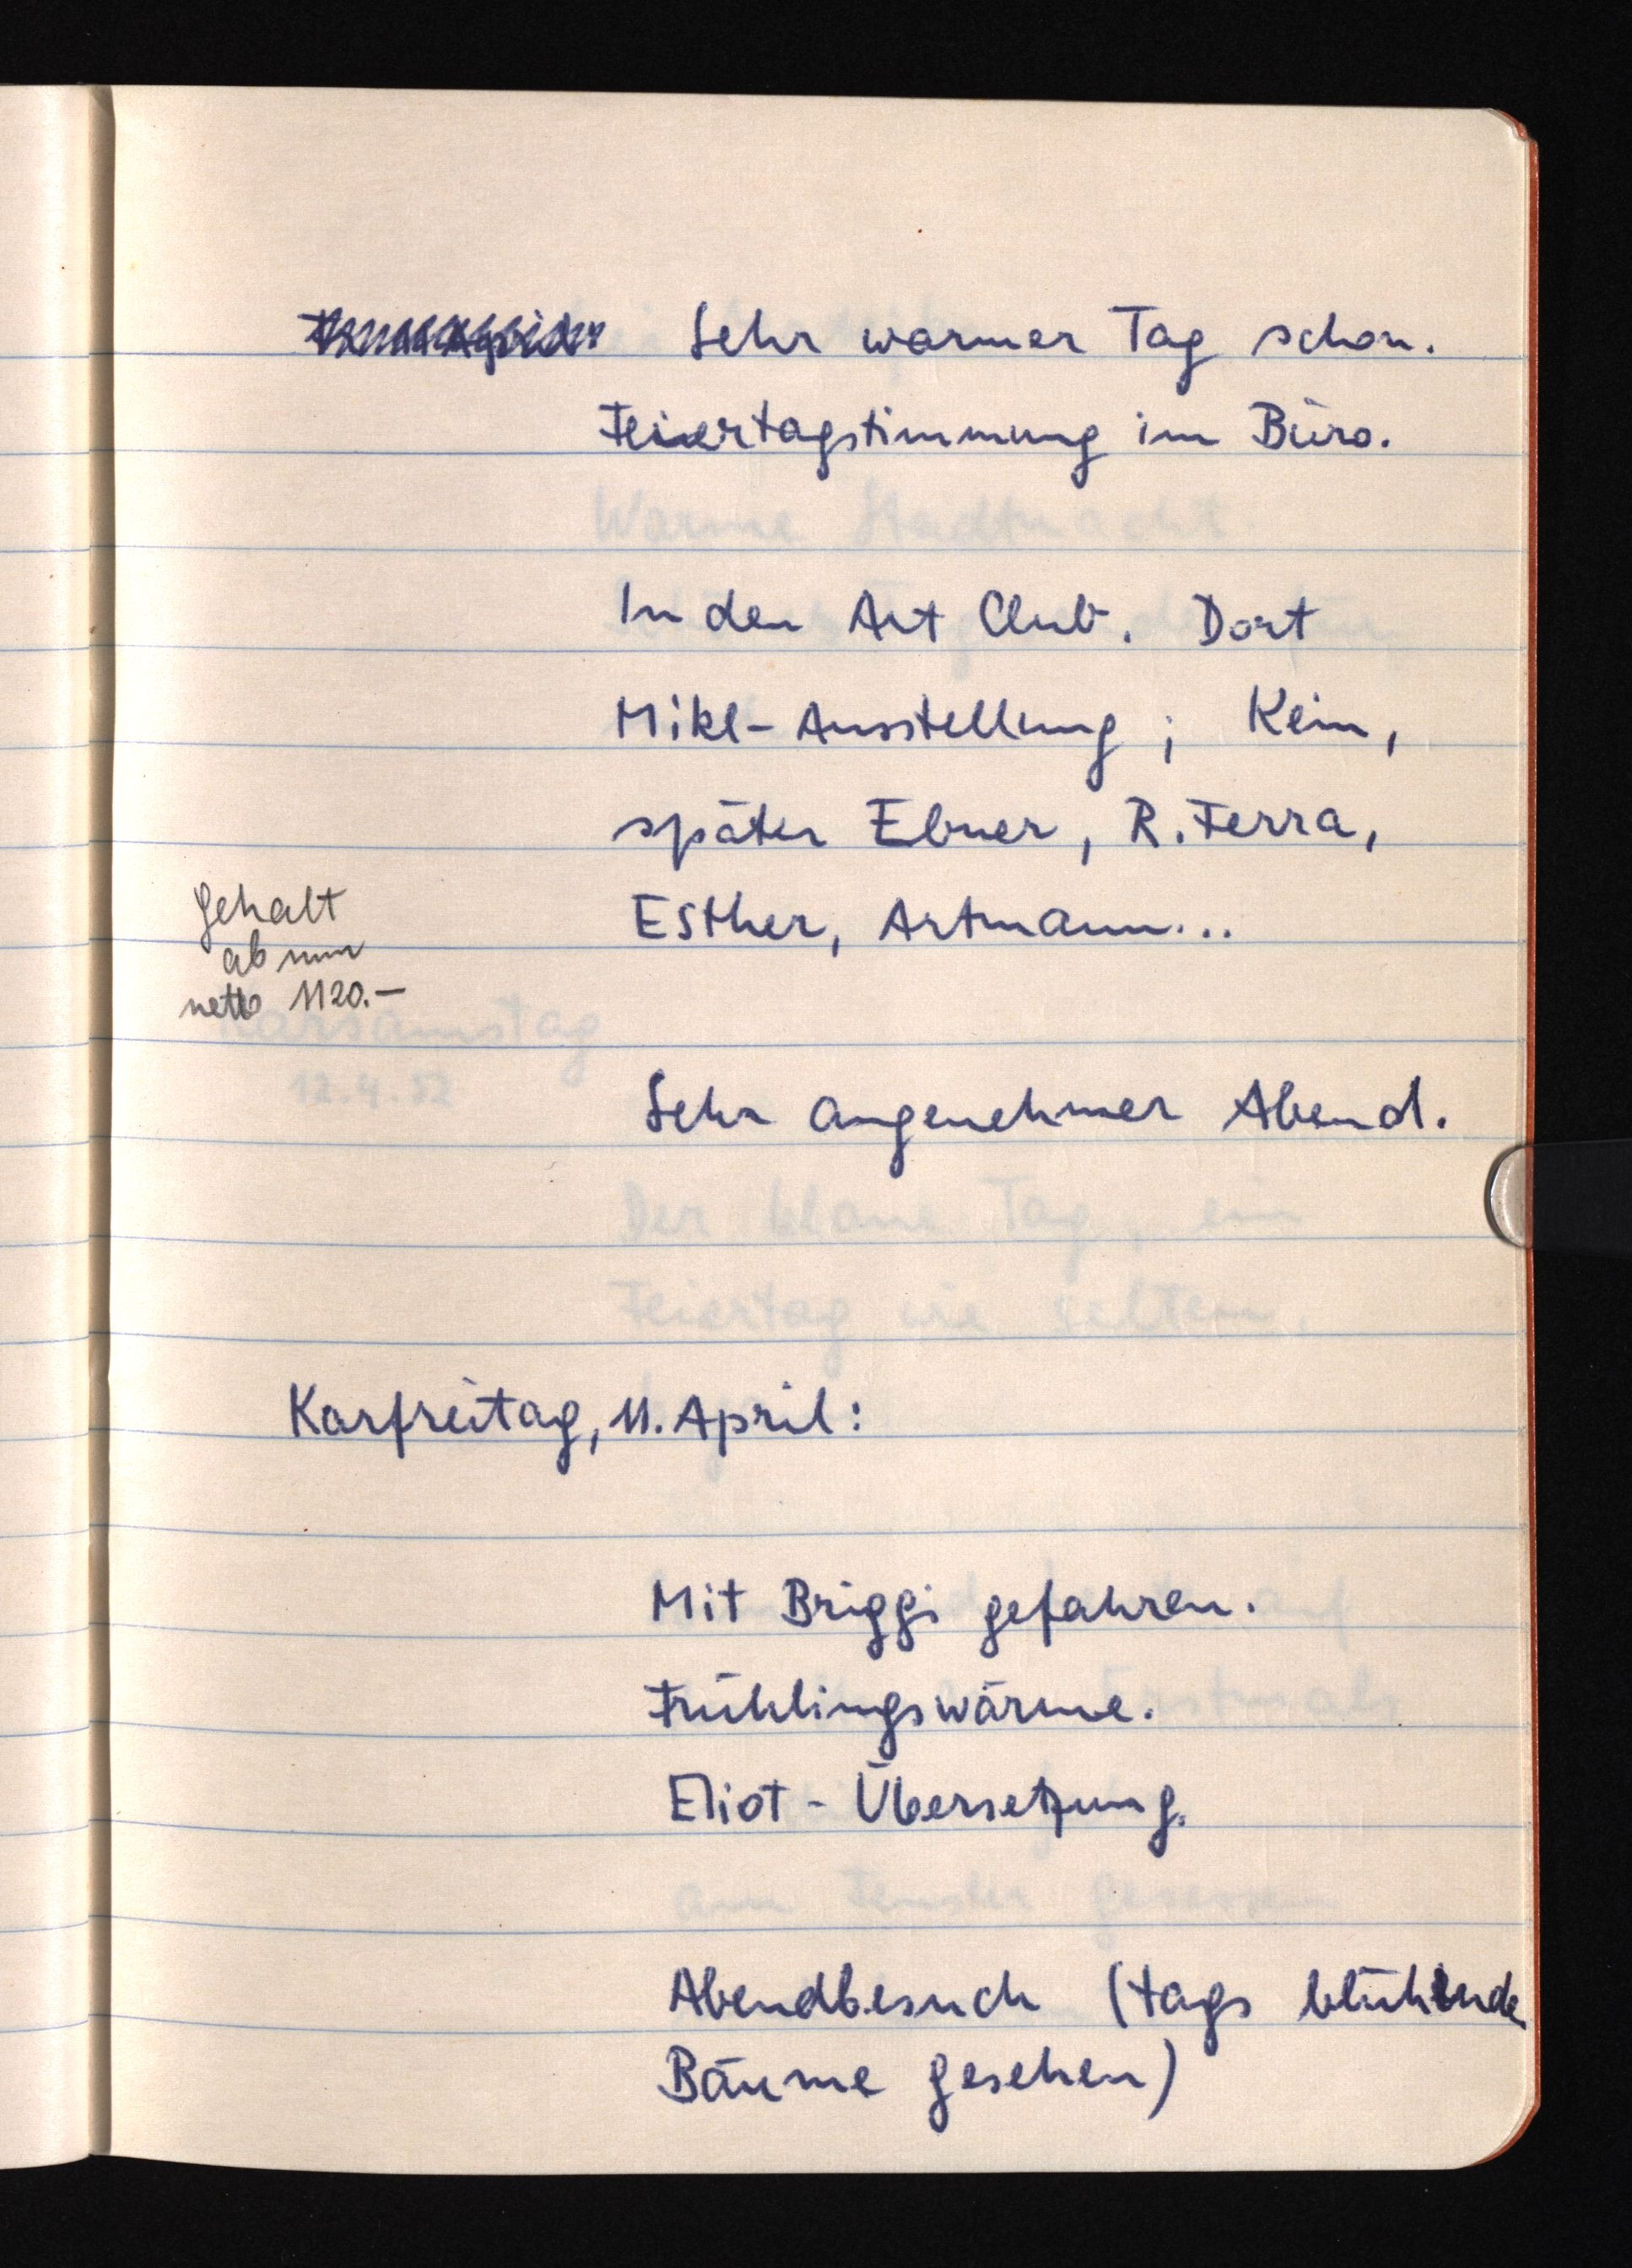
Fr 11 April: Sehr warmer Tag schon.
Feiertagstimmung im Büro.
In den Art Club. Dort
Mikl-Ausstellung; Kein,
später Ebner, R. Ferra,
Esther, Artmann ...
Sehr angenehmer Abend.
Karfreitag, 11. April:
Mit Briggi gefahren.
Frühlingswärme.
Eliot-Übersetzung.
Abendbesuch (tags blühende
Bäume gesehen)

Gehalt
ab nun
netto 1120.-